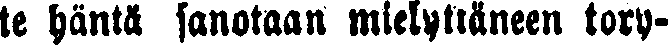
le häntä sanotaan miellyttäneen tory-